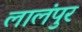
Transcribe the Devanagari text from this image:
लालंपुर